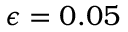
\epsilon = 0 . 0 5